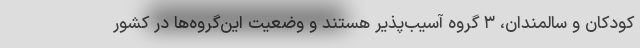
کودکان و سالمندان، ۳ گروه آسیب‌پذیر هستند و وضعیت این‌گروه‌ها در کشور